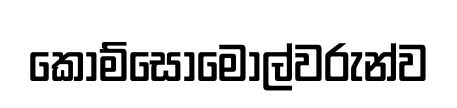
කොම්සොමොල්වරුන්ව